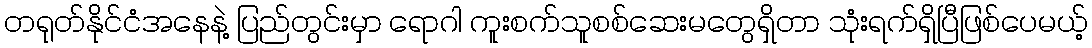
တရုတ်နိုင်ငံအနေနဲ့ ပြည်တွင်းမှာ ရောဂါ ကူးစက်သူစစ်ဆေးမတွေရှိတာ သုံးရက်ရှိပြီဖြစ်ပေမယ့်